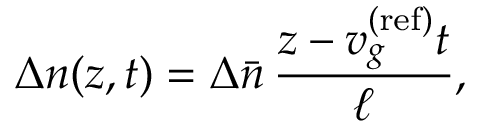
\Delta n ( z , t ) = \Delta \bar { n } \, \frac { z - v _ { g } ^ { \mathrm { ( r e f ) } } t } { \ell } ,